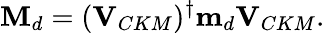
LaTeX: {\mathbf M}_{d}=({\mathbf V}_{CKM})^{\dagger}{\mathbf m}_{d}{\mathbf V}_{CKM}.